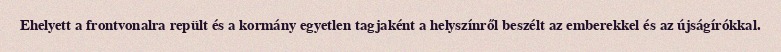
Ehelyett a frontvonalra repült és a kormány egyetlen tagjaként a helyszínről beszélt az emberekkel és az újságírókkal.